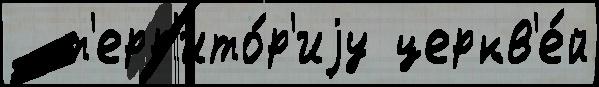
  т'ерр'ито́р'иjу церкв'е́й